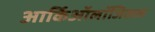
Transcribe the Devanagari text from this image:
आर्किऑलॉजिकल